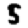
Digit: 5